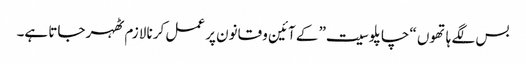
بس لگے ہاتھوں “چاپلوسیت” کے آئین و قانون پر عمل کرنا لازم ٹھہر جاتا ہے۔